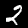
Label: 2